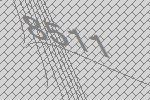
8511